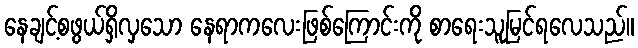
နေချင့်စဖွယ်ရှိလှသော နေရာကလေးဖြစ်ကြောင်းကို စာရေးသူမြင်ရလေသည်။